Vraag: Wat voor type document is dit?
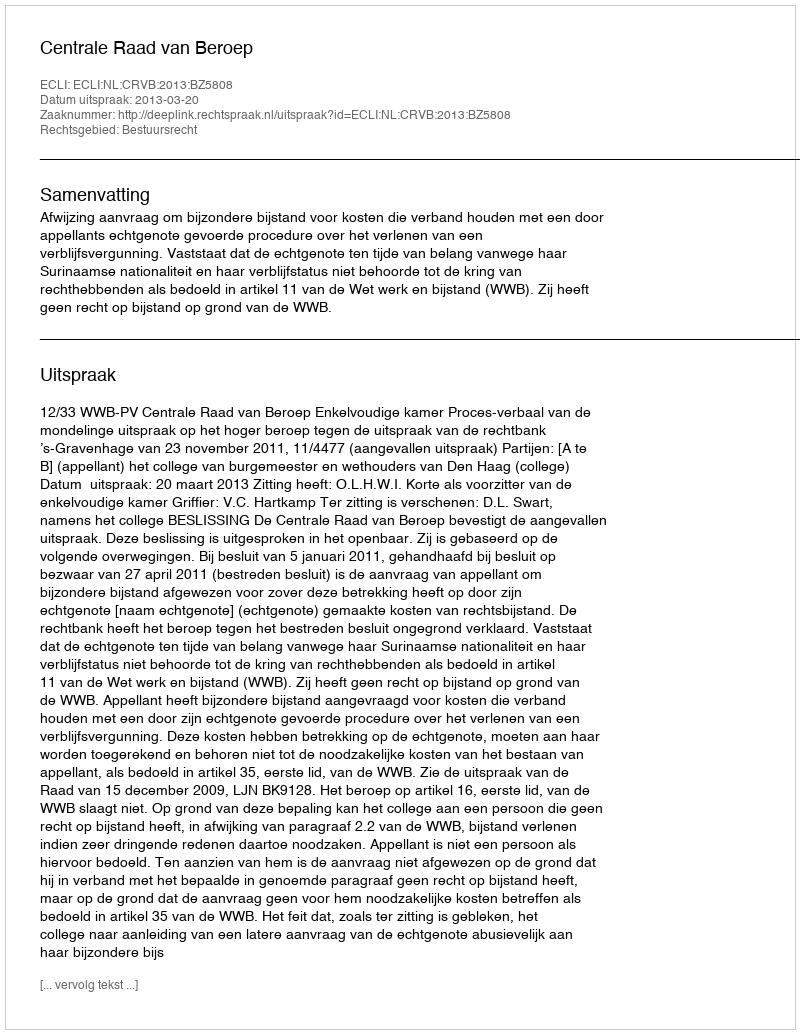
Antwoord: Uitspraak